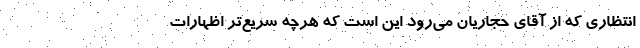
انتظاری که از آقای حجاریان می‌رود این است که هرچه سریع‌تر اظهارات